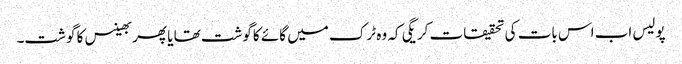
پولیس اب اس بات کی تحقیقات کریگی کہ وہ ٹرک میں گائے کاگوشت تھا یا پھر بھینس کا گوشت۔